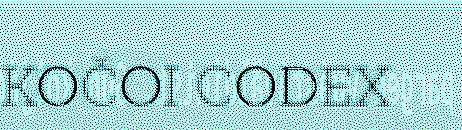
KOČOI CODEX